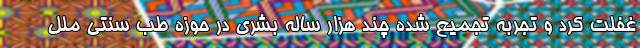
غفلت کرد و تجربه تجمیع شده چند هزار ساله بشری در حوزه طب سنتی ملل